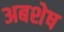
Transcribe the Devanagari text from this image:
अबशेष